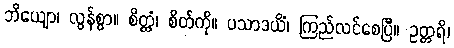
ဘိယျော၊ လွန်စွာ။ စိတ္တံ၊ စိတ်ကို။ ပသာဒယိံ၊ ကြည်လင်စေပြီ။ ဥတ္တရိ၊